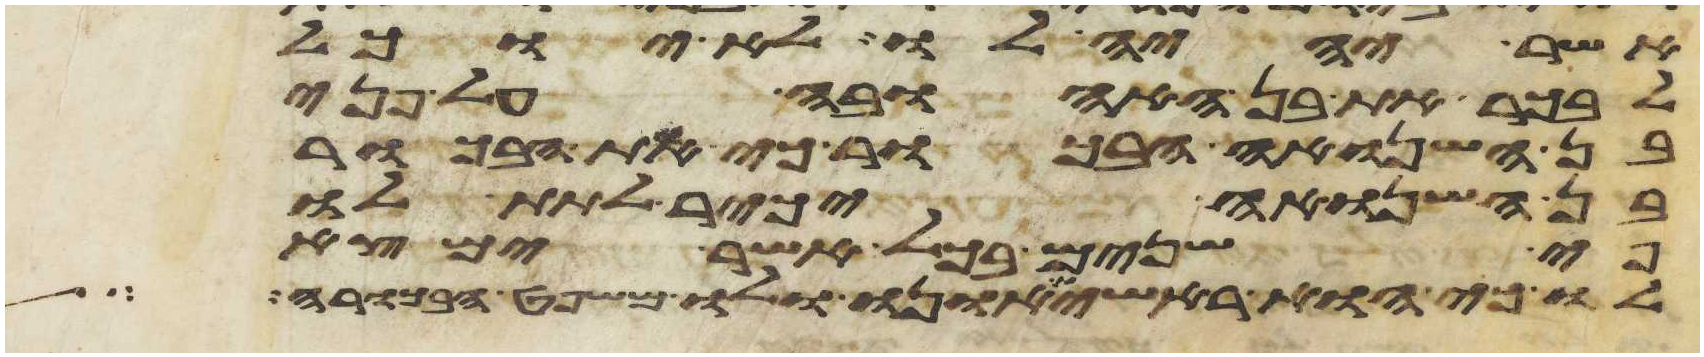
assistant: אשר יהיה לו לא יוכל
לבכר את בן האהובה על פני
בן השנואה הבכור כי את הבכור
בן השנואה יכיר לתת לו
פי שנים בכל אשר ימצא
לו כי הוא ראשית אונו ולו משפט הבכורה